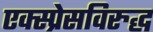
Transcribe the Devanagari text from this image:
एक्स्प्रेसविरुद्ध